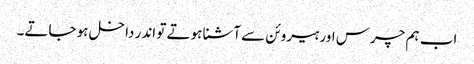
اب ہم چرس اور ہیروئن سے آشنا ہوتے تو اندر داخل ہو جاتے۔